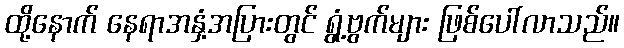
ထို့နောက် နေရာအနှံ့အပြားတွင် ရွံ့ဗွက်များ ဖြစ်ပေါ်လာသည်။